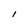
Character: I